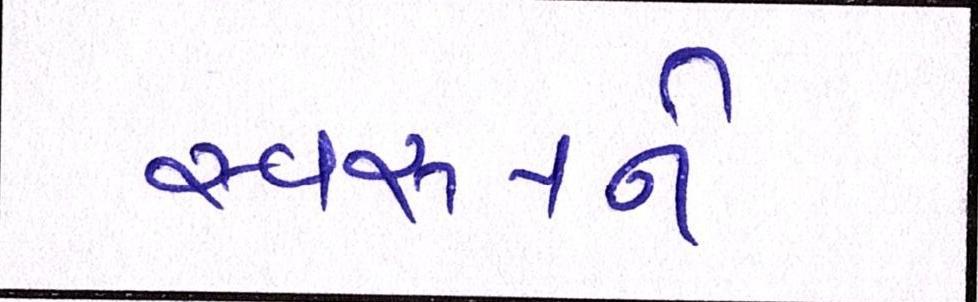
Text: સ્વરૂપને